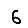
Digit: 6